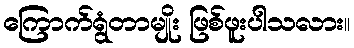
ကြောက်ရွံတာမျိုး ဖြစ်ဖူးပါသလား။